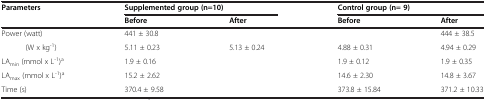
<table><thead><tr><td rowspan="2"><b>Parameters</b></td><td colspan="2"><b>Supplemented group (n=10)</b></td><td colspan="2"><b>Control group (n= 9)</b></td></tr><tr><td><b>Before</b></td><td><b>After</b></td><td><b>Before</b></td><td><b>After</b></td></tr></thead><tbody><tr><td>Power (watt)</td><td>441 ± 30.8</td><td>[EMPTY_CELL]</td><td>[EMPTY_CELL]</td><td>444 ± 38.5</td></tr><tr><td>(W x kg<sup>-1</sup>)</td><td>5.11 ± 0.23</td><td>5.13 ± 0.24</td><td>4.88 ± 0.31</td><td>4.94 ± 0.29</td></tr><tr><td>LA<sub>min</sub> (mmol x L<sup>-1</sup>)<sup>a</sup></td><td>1.9 ± 0.16</td><td>[EMPTY_CELL]</td><td>1.9 ± 0.12</td><td>1.9 ± 0.35</td></tr><tr><td>LA<sub>max</sub> (mmol x L<sup>-1</sup>)<sup>a</sup></td><td>15.2 ± 2.62</td><td>[EMPTY_CELL]</td><td>14.6 ± 2.30</td><td>14.8 ± 3.67</td></tr><tr><td>Time (s)</td><td>370.4 ± 9.58</td><td>[EMPTY_CELL]</td><td>373.8 ± 15.84</td><td>371.2 ± 10.33</td></tr></tbody></table>